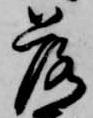
落